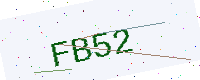
Text: FB52